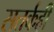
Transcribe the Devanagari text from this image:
सतर्कही